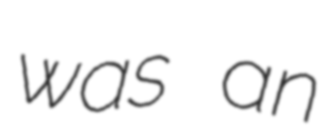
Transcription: was an